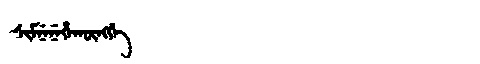
Manchu: ᠰᡳᠮᠨᡝᠨᡝᡥᠠᡴᡡᠩᡤᡝ
Romanization: SIMNENEHAKŪNGGE